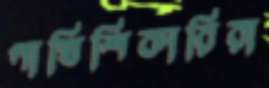
পাখিশিকারিরা